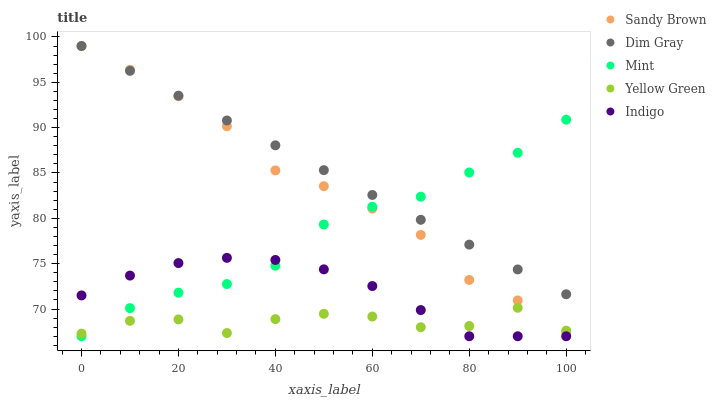
| xaxis_label | Sandy Brown | Dim Gray | Mint | Yellow Green | Indigo |
 | --- | --- | --- | --- | --- | --- |
 | 0 | 99 | 99 | 67 | 67.3 | 71.5 |
 | 10 | 96.4 | 96.3 | 70.1 | 68.7 | 73.7 |
 | 20 | 93.5 | 93.5 | 71.8 | 68.9 | 75.1 |
 | 30 | 90.2 | 90.8 | 72.8 | 67.4 | 75.6 |
 | 40 | 85.3 | 88.1 | 74.8 | 68.9 | 75.4 |
 | 50 | 83.5 | 85.3 | 79.3 | 69.5 | 74.4 |
 | 60 | 81.1 | 82.6 | 81.3 | 69.2 | 72.5 |
 | 70 | 78.2 | 79.8 | 82.4 | 68 | 69.9 |
 | 80 | 73.2 | 77.1 | 85.1 | 68.1 | 67 |
 | 90 | 71 | 74.4 | 87.2 | 70.1 | 67 |
 | 100 | 67.4 | 71.6 | 90.9 | 67.6 | 67 |